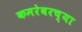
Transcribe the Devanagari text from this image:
कमरेवरच्या